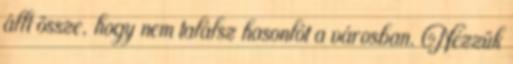
állt össze, hogy nem találsz hasonlót a városban. Nézzük